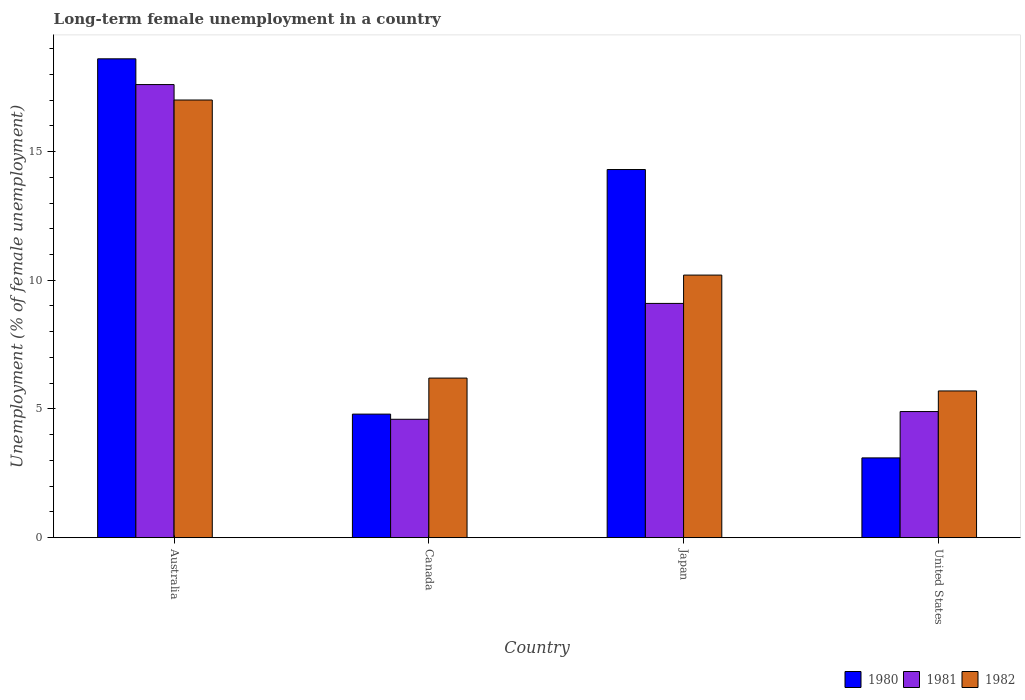
| Country | 1980 | 1981 | 1982 |
 | --- | --- | --- | --- |
 | Australia | 18.6 | 17.6 | 17 |
 | Canada | 4.8 | 4.6 | 6.2 |
 | Japan | 14.3 | 9.1 | 10.2 |
 | United States | 3.1 | 4.9 | 5.7 |